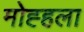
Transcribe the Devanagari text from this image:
मोह्हला